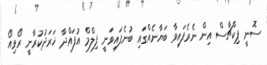
ސޮނީ ޕިކްޗާސް އިން ނެރެފައިވާ ބަޔާނެއްގައި ބުނެފައިވަނީ ފިލްމް އުފައްދާ ޚަރަދުކުރާނީ ރޯވިއޯ